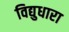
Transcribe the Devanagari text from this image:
विद्युधारा